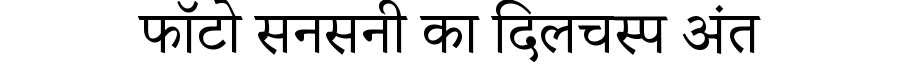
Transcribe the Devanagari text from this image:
फॉटो सनसनी का दिलचस्प अंत